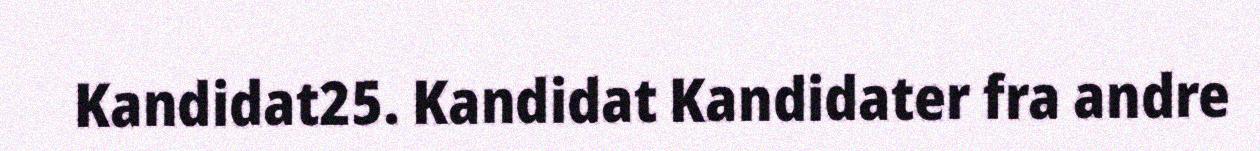
Kandidat25. Kandidat Kandidater fra andre